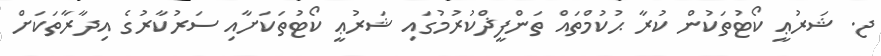
ޖ. ޝަރުޢީ ކޯޓުތަކުން ކުރާ ޙުކުމްތައް ތަންފީޛްކުރުމުގައި ޝަރުޢީ ކޯޓުތަކަށާއި ސަރުކާރުގެ އިދާރާތަކަށް